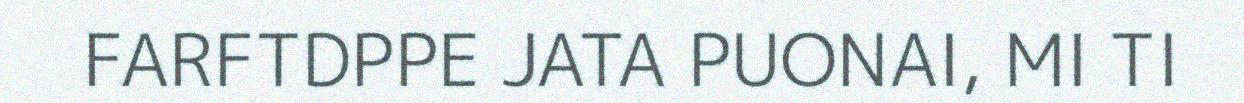
FARFTDPPE JATA PUONAI, MI TI